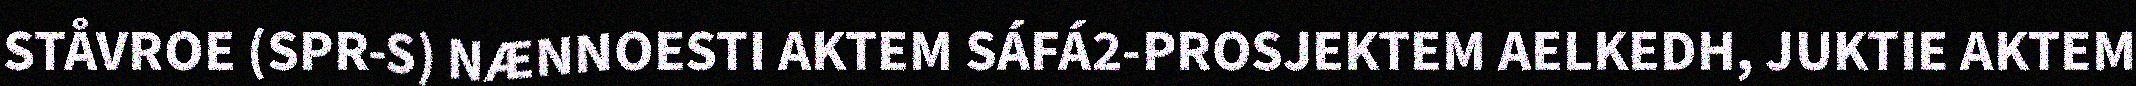
STÅVROE (SPR-S) NÆNNOESTI AKTEM SÁFÁ2-PROSJEKTEM AELKEDH, JUKTIE AKTEM